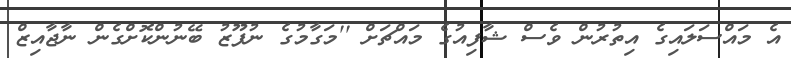
އެ މައްސަލައިގެ އިތުރުން ވެސް ޝާފިއުގެ މައްޗަށް ''މަގާމުގެ ނުފޫޒު ބޭނުންކޮށްގެން ނާޖާއިޒް